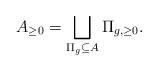
LaTeX: \begin{align*}A_{\geq 0} = \bigsqcup_{\Pi_g \subseteq A} \Pi_{g, \geq 0}.\end{align*}